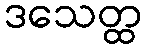
ဒသေတ္ထ